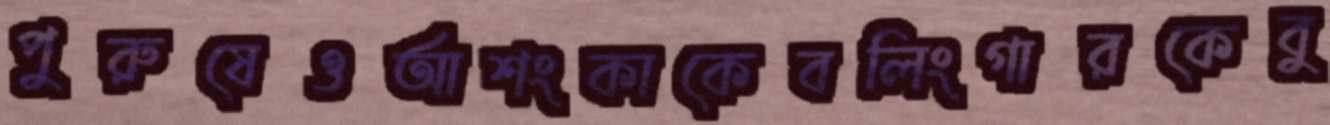
পুরুষেওআশংকাকেবলিংগারকেবু